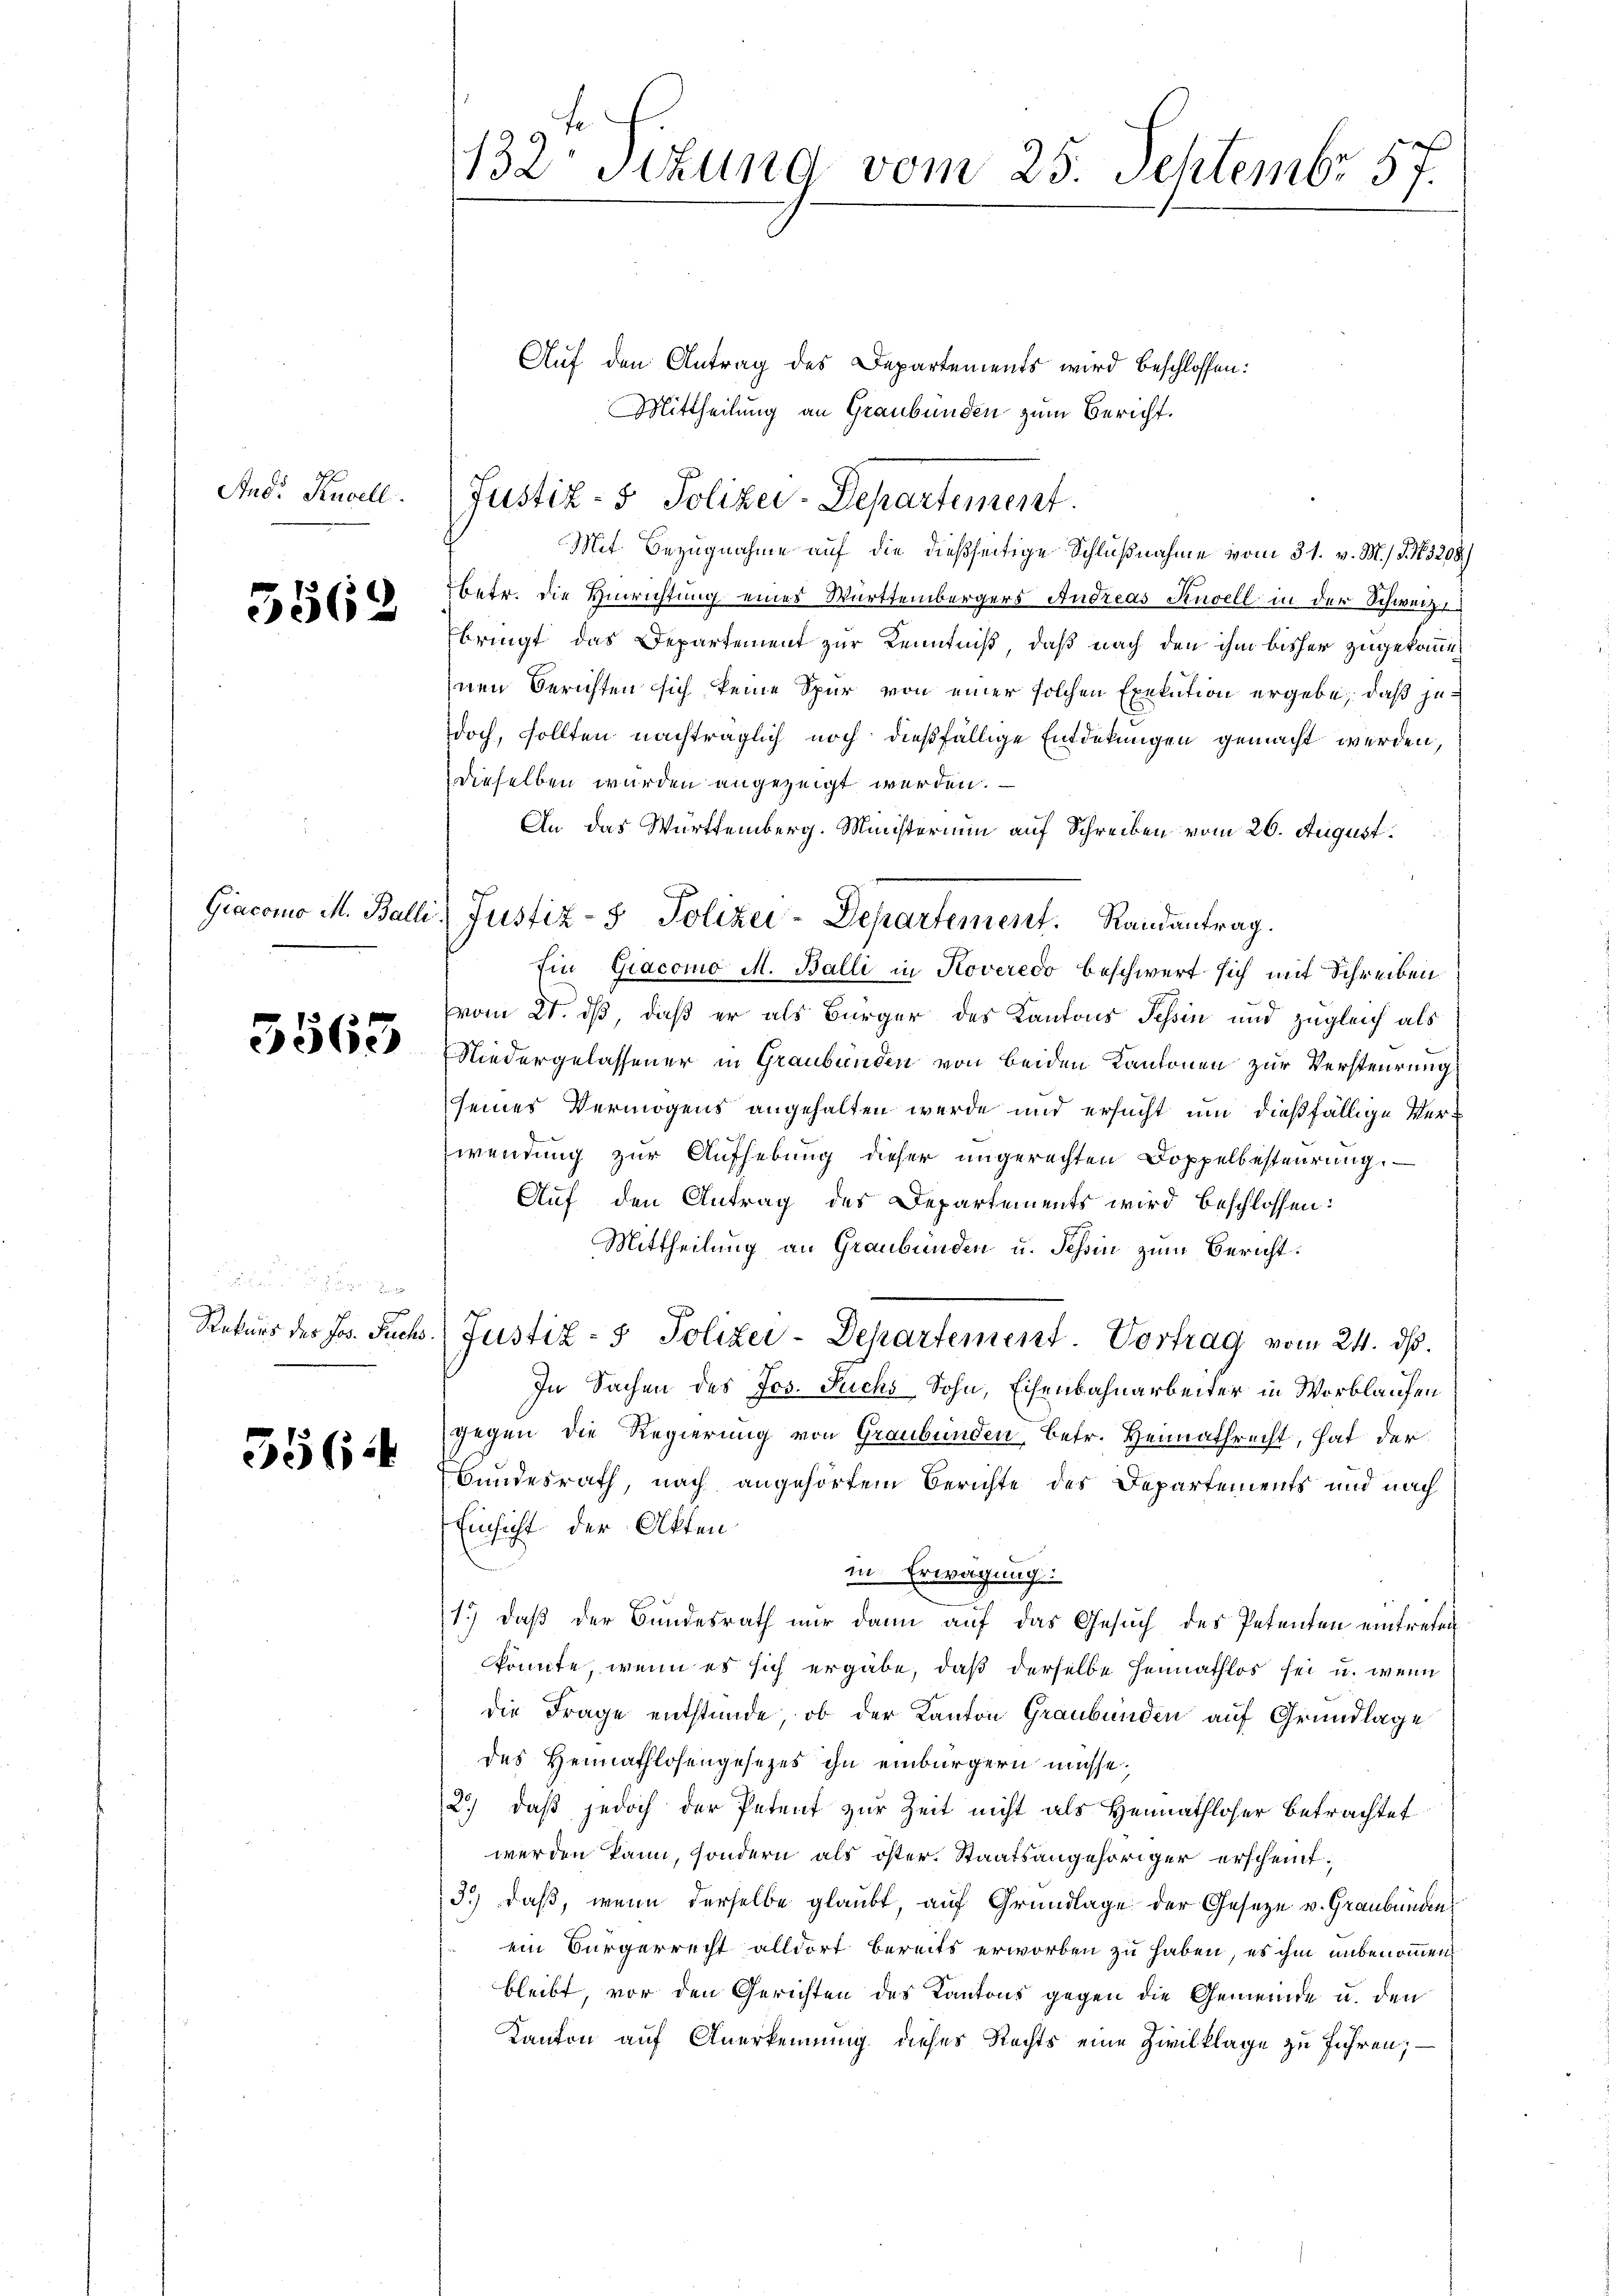
Stud. Kuvell.

5562

3563

Rekurs der Jos. Fuchs

5564

3
132 Stund vom 25. Septembr 37.

Auf den Antrag des Departements wird beschlossen:
Mittheilung an Graubünden zum Bericht.
Justiz- & Polizei-Departement.
Mit Bezugnahme auf die dießseitige Schlußnahme vom 31. v. M. / §. 163208)
betr. die Hinrichtung eines Württembergers Andreas Kuvell in der Schweiz.
bringt das Departement zur Kenntniß, daß nach den ihm bisher zugekommen
nen Berichten sich keine Spur von einer solchen Exekution ergebe, daß jedoch, sollten nachträglich noch dießfällige Entdekungen gemacht werden,
dieselben wurden angezeigt werden.
An das Württemberg. Ministerium auf Schreiben vom 26. August.
Ein Giacomo M. Balli in Koveredo beschwert sich mit Schreiben
vom 21. ds, daß er als Bürger des Kantons Tessin und zugleich als
Niedergelassener in Graubünden von beiden Kantonen zur Versteurung
seines Vermögens angehalten werde und ersucht um dießfällige Verwendung zur Aufhebung dieser ungerechten Doppelbesteurung.
Auf den Antrag des Departements wird beschlossen:
Mittheilung an Graubünden u. Schin zum Bericht.
Justiz- & Polizei-Departement. Vortrag vom 24. ds.
In Sachen des Jos. Puchs Sohn, Eisenbahnarbeiter in Worblaufen
gegen die Regierung von Graubünden, betr. Heimathrecht, hat der
Bundesrath, nach angehörtem Berichte des Departements und nach
Einsicht der Akten
in Erwägung:
1.) daß der Bundesrath nur dann auf das Gesuch des Petenten eintreten
könnte, wenn es sich ergäbe, daß derselbe Heimathlos sei u. wenn
die Frage entstünde, ob der Kanton Graubünden auf Grundlage
des Heimathlosengesetzes ihn einbürgern müsse.
2) daß jedoch der Petent zur Zeit nicht als Heimathloser betrachtet
werden kann, sondern als öster. Staatsangehöriger erscheint;
3.) daß, wenn derselbe glaubt, auf Grundlage der Gesetze v. Graubünden
ein Bürgerrecht alldort bereits erworben zu haben, es ihm unbenommen
bleibt, vor den Gerichten des Kantons gegen die Gemeinde u. den
Kanton auf Anerkennung dieses Rechts eine Zivilklage zu führen; —

Giacomo M. Balli, Justiz- & Polizei-Departement. Randantrag.